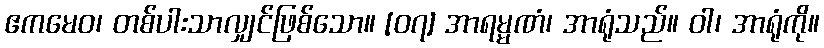
ဧကမေဝ၊ တစ်ပါးသာလျှင်ဖြစ်သော။ [၀၇] အာရမ္မဏံ၊ အာရုံသည်။ ဝါ၊ အာရုံကို။